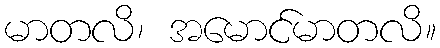
မာတလိ၊ အမောင်မာတလိ။